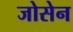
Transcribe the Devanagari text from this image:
जोसेन